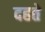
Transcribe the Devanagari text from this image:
दहते